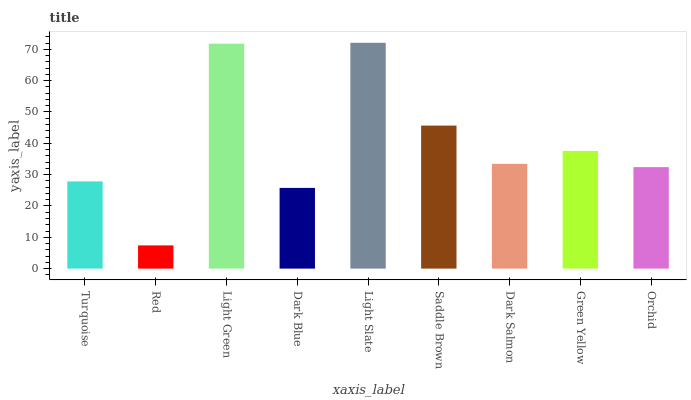
| xaxis_label | bars |
 | --- | --- |
 | Turquoise | 27.8 |
 | Red | 7.41 |
 | Light Green | 71.8 |
 | Dark Blue | 25.8 |
 | Light Slate | 72.1 |
 | Saddle Brown | 45.6 |
 | Dark Salmon | 33.4 |
 | Green Yellow | 37.6 |
 | Orchid | 32.4 |